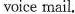
voice mail.